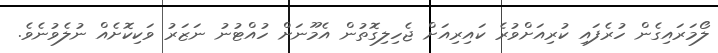
ލޯމަރައިގެން ހުރެފައި ކުރިއަށްވުރެ ކައިރިއަށް ޖެހިލިގޮތުން އެމޫނަށް ހުއްޓުނު ނަޒަރު ވަކިކޮށެއް ނުލެވުނެވެ.